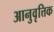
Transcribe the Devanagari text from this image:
आनुवृत्तिक